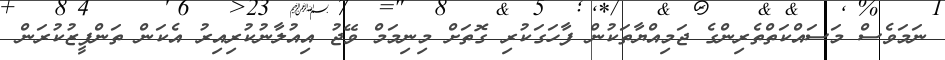
ނަމަވެސް މަސައްކަތްތެރިންގެ ޖަމިއްޔާތަކުން ފާހަގަކުރި ގޮތަށް މިނިމަމް ވޭޖު އިއުލާނުކުރިއިރު އެކަން ތަންފީޒުކުރަން